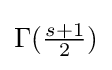
\textstyle \Gamma ({\frac {s+1}{2}})